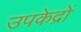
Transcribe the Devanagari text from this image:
उपकेद्रों